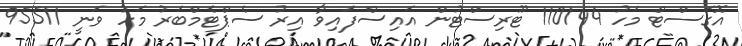
އޮގަސްޓް މަހު 110144 ޓޫރިސްޓުން އައިސްފައިވާ އިރު ސެޕްޓެމްބަރު މަހު ވަނީ 95511